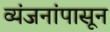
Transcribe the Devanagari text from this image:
व्यंजनांपासून